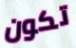
تكون